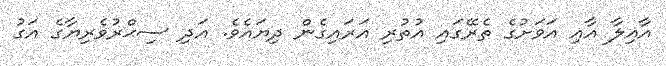
އާއިލާ އާއި އަވަށުގެ ތެރޭގައި އުތުރި އަރައިގެން ދިޔައެވެ. އަދި ސިޙްރުވެރިޔާގެ އަގު